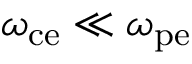
\omega _ { \mathrm { c e } } \ll \omega _ { \mathrm { p e } }